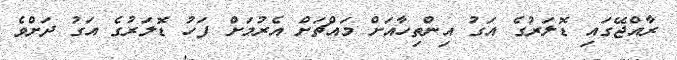
ރާއްޖޭގައި ޑޮލަރުގެ އަގު އިންތިހާއަށް މައްޗަށް އެރުމަށް ފަހު ޑޮލަރުގެ އަގު ދަށްވެ